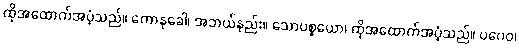
ထိုအထောက်အပံ့သည်။ ကောနုခေါ၊ အဘယ်နည်း။ သောပစ္စယော၊ ထိုအထောက်အပံ့သည်။ ပဂေဝ၊